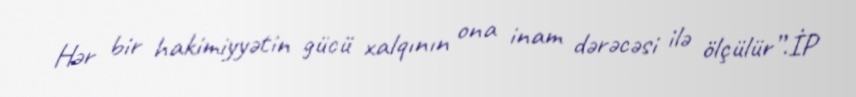
Hər bir hakimiyyətin gücü xalqının ona inam dərəcəsi ilə ölçülür”.İP